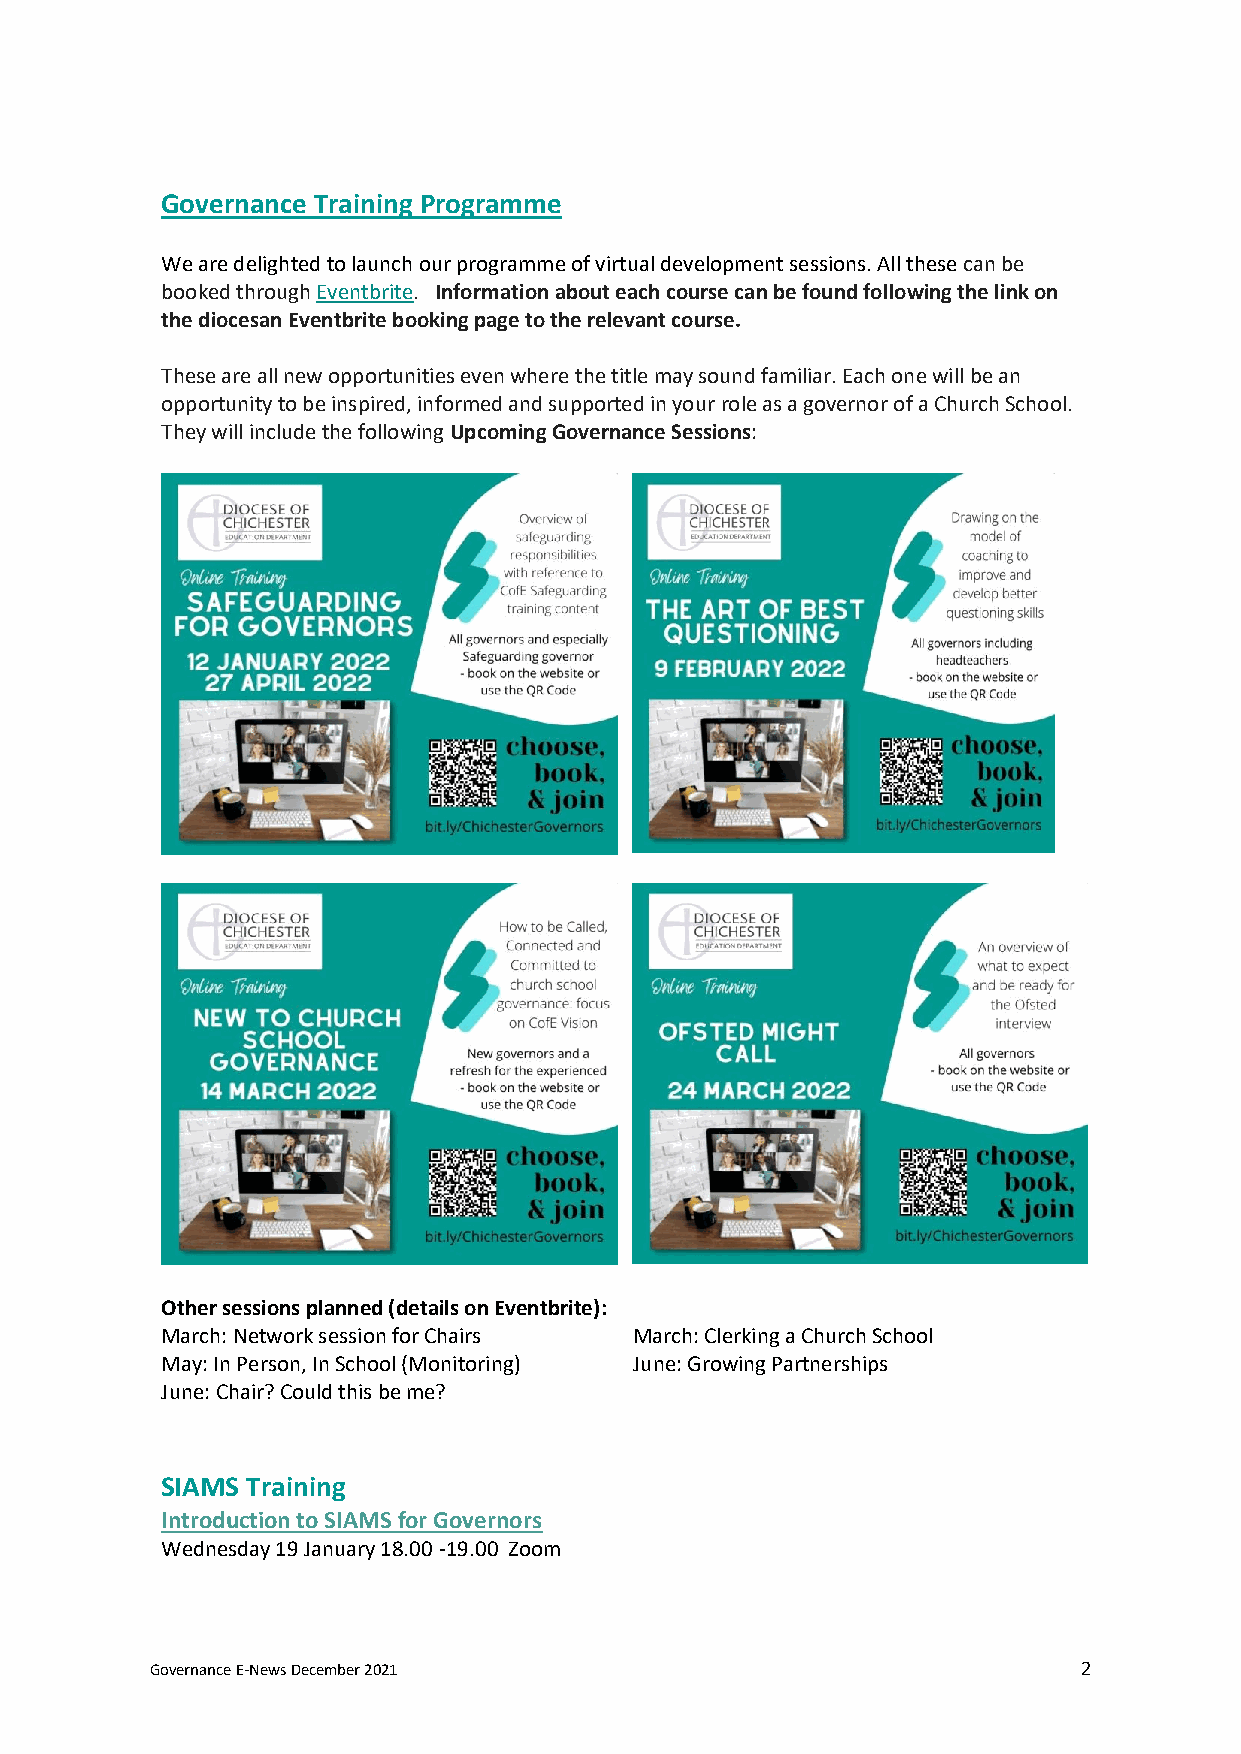
Governance Training Programme
 We are delighted to launch our programme of virtual development sessions. All these can be
 booked through Eventbrite. Information about each course can be found following the link on
 the diocesan Eventbrite booking page to the relevant course.
 These are all new opportunities even where the title may sound familiar. Each one will be an
 opportunity to be inspired, informed and supported in your role as a governor of a Church School.
 They will include the following Upcoming Governance Sessions:
 Other sessions planned (details on Eventbrite):
 March: Network session for Chairs March: Clerking a Church School
 May: In Person, In School (Monitoring) June: Growing Partnerships
 June: Chair? Could this be me?
 SIAMS Training
 Introduction to SIAMS for Governors
 Wednesday 19 January 18.00 -19.00 Zoom
 Governance E-News December 2021                               2